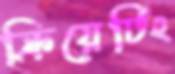
ক্রিয়েটিং